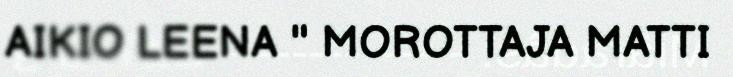
AIKIO LEENA " MOROTTAJA MATTI